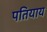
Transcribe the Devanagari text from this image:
पतियाय